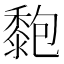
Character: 𪏶